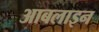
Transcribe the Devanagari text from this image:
आबलाइन